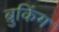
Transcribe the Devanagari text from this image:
ब्रुकिंग